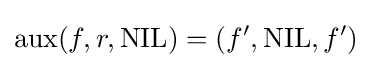
\operatorname {aux} (f,r,{\text{NIL}})=(f',{\text{NIL}},f')